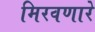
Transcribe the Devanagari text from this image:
मिरवणारे